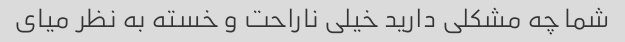
شما چه مشکلی دارید خیلی ناراحت و خسته به نظر میای